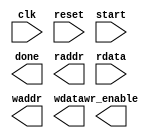
`default_nettype none
module yuv_to_rgb_conversion#(
	parameter ADDR_REORDER_PIXEL = 0,
	parameter ADDR_ORDER_PIXEL = 115200,
	parameter W = 320,
	parameter H = 240,
	parameter DW = 16,
	parameter AW = 18)
(
	input wire clk,
	input wire reset,
	input wire start, // 
	output wire done,
	// *********** SRAM Interface Signals ****************************
	// Read-only port
	output wire [AW-1:0]	raddr,
	input wire	[DW-1:0]	rdata,
	// Write-only port
	output wire [AW-1:0]	waddr,
	output wire [DW-1:0]	wdata,
	output wire 			wr_enable
);
	
	
endmodule